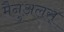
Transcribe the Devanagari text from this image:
मैनुअलस्